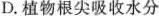
D.植物根尖吸收水分